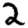
Digit: 2